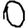
Digit: 0